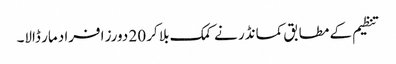
تنظیم کے مطابق کمانڈر نے کمک بلا کر 20 دورز افراد مار ڈالا۔